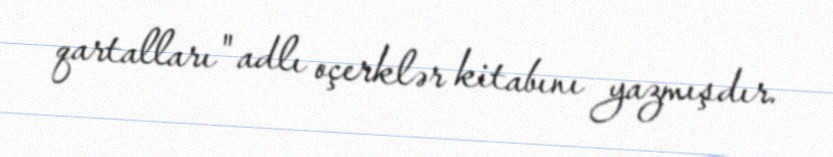
qartalları" adlı oçerklər kitabını yazmışdır.